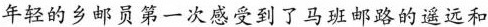
年轻的乡邮员第一次感受到了马班邮路的遥远和